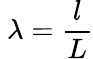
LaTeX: \ \lambda={\frac{l}{L}}